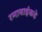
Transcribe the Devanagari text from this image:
रमाबाईकडे